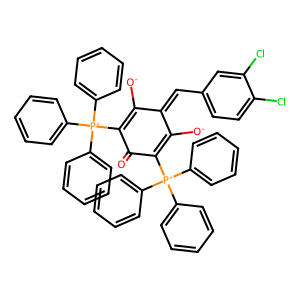
SMILES: O=C1C([P+](c2ccccc2)(c2ccccc2)c2ccccc2)=C([O-])C(=Cc2ccc(Cl)c(Cl)c2)C([O-])=C1[P+](c1ccccc1)(c1ccccc1)c1ccccc1
Inhibits HIV replication: No